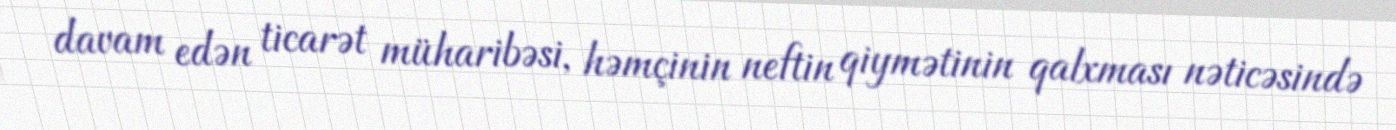
davam edən ticarət müharibəsi, həmçinin neftin qiymətinin qalxması nəticəsində